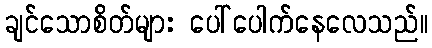
ချင်သောစိတ်များ ပေါ်ပေါက်နေလေသည်။